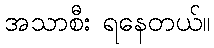
အသာစီး ရနေတယ်။